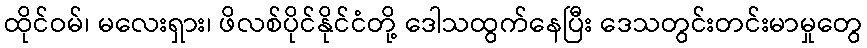
ထိုင်ဝမ်၊ မလေးရှား၊ ဖိလစ်ပိုင်နိုင်ငံတို့ ဒေါသထွက်နေပြီး ဒေသတွင်းတင်းမာမှုတွေ